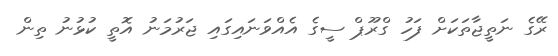
ރޭގެ ނަތީޖާތަކަށް ފަހު ގްރޫޕް ސީގެ އެއްވަނައިގައި ޖަރުމަނު އޮތީ ކުޅުނު ތިން